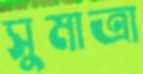
সুমাত্রা